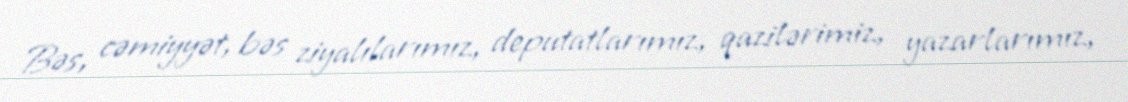
Bəs, cəmiyyət, bəs ziyalılarımız, deputatlarımız, qazilərimiz, yazarlarımız,